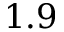
1 . 9